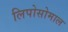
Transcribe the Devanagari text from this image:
लिपोसोमाल